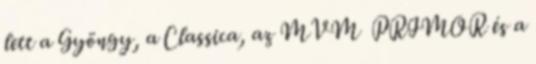
lett a Gyöngy, a Classica, az MVM PRIMOR és a